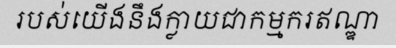
របស់យើងនឹងក្លាយជាកម្មករឥណ្ឌា